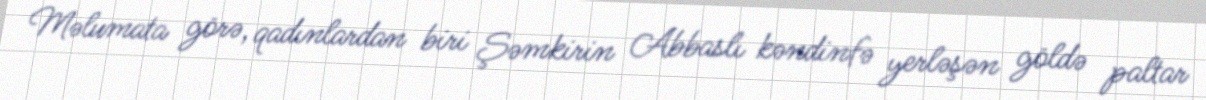
Məlumata görə, qadınlardan biri Şəmkirin Abbaslı kəndinfə yerləşən göldə paltar